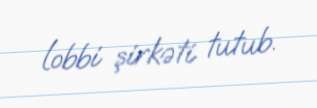
lobbi şirkəti tutub.